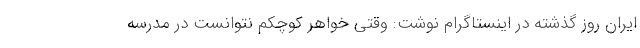
ایران روز گذشته در اینستاگرام نوشت: وقتی خواهر کوچکم نتوانست در مدرسه